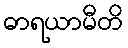
ဓာရယာမီတိ